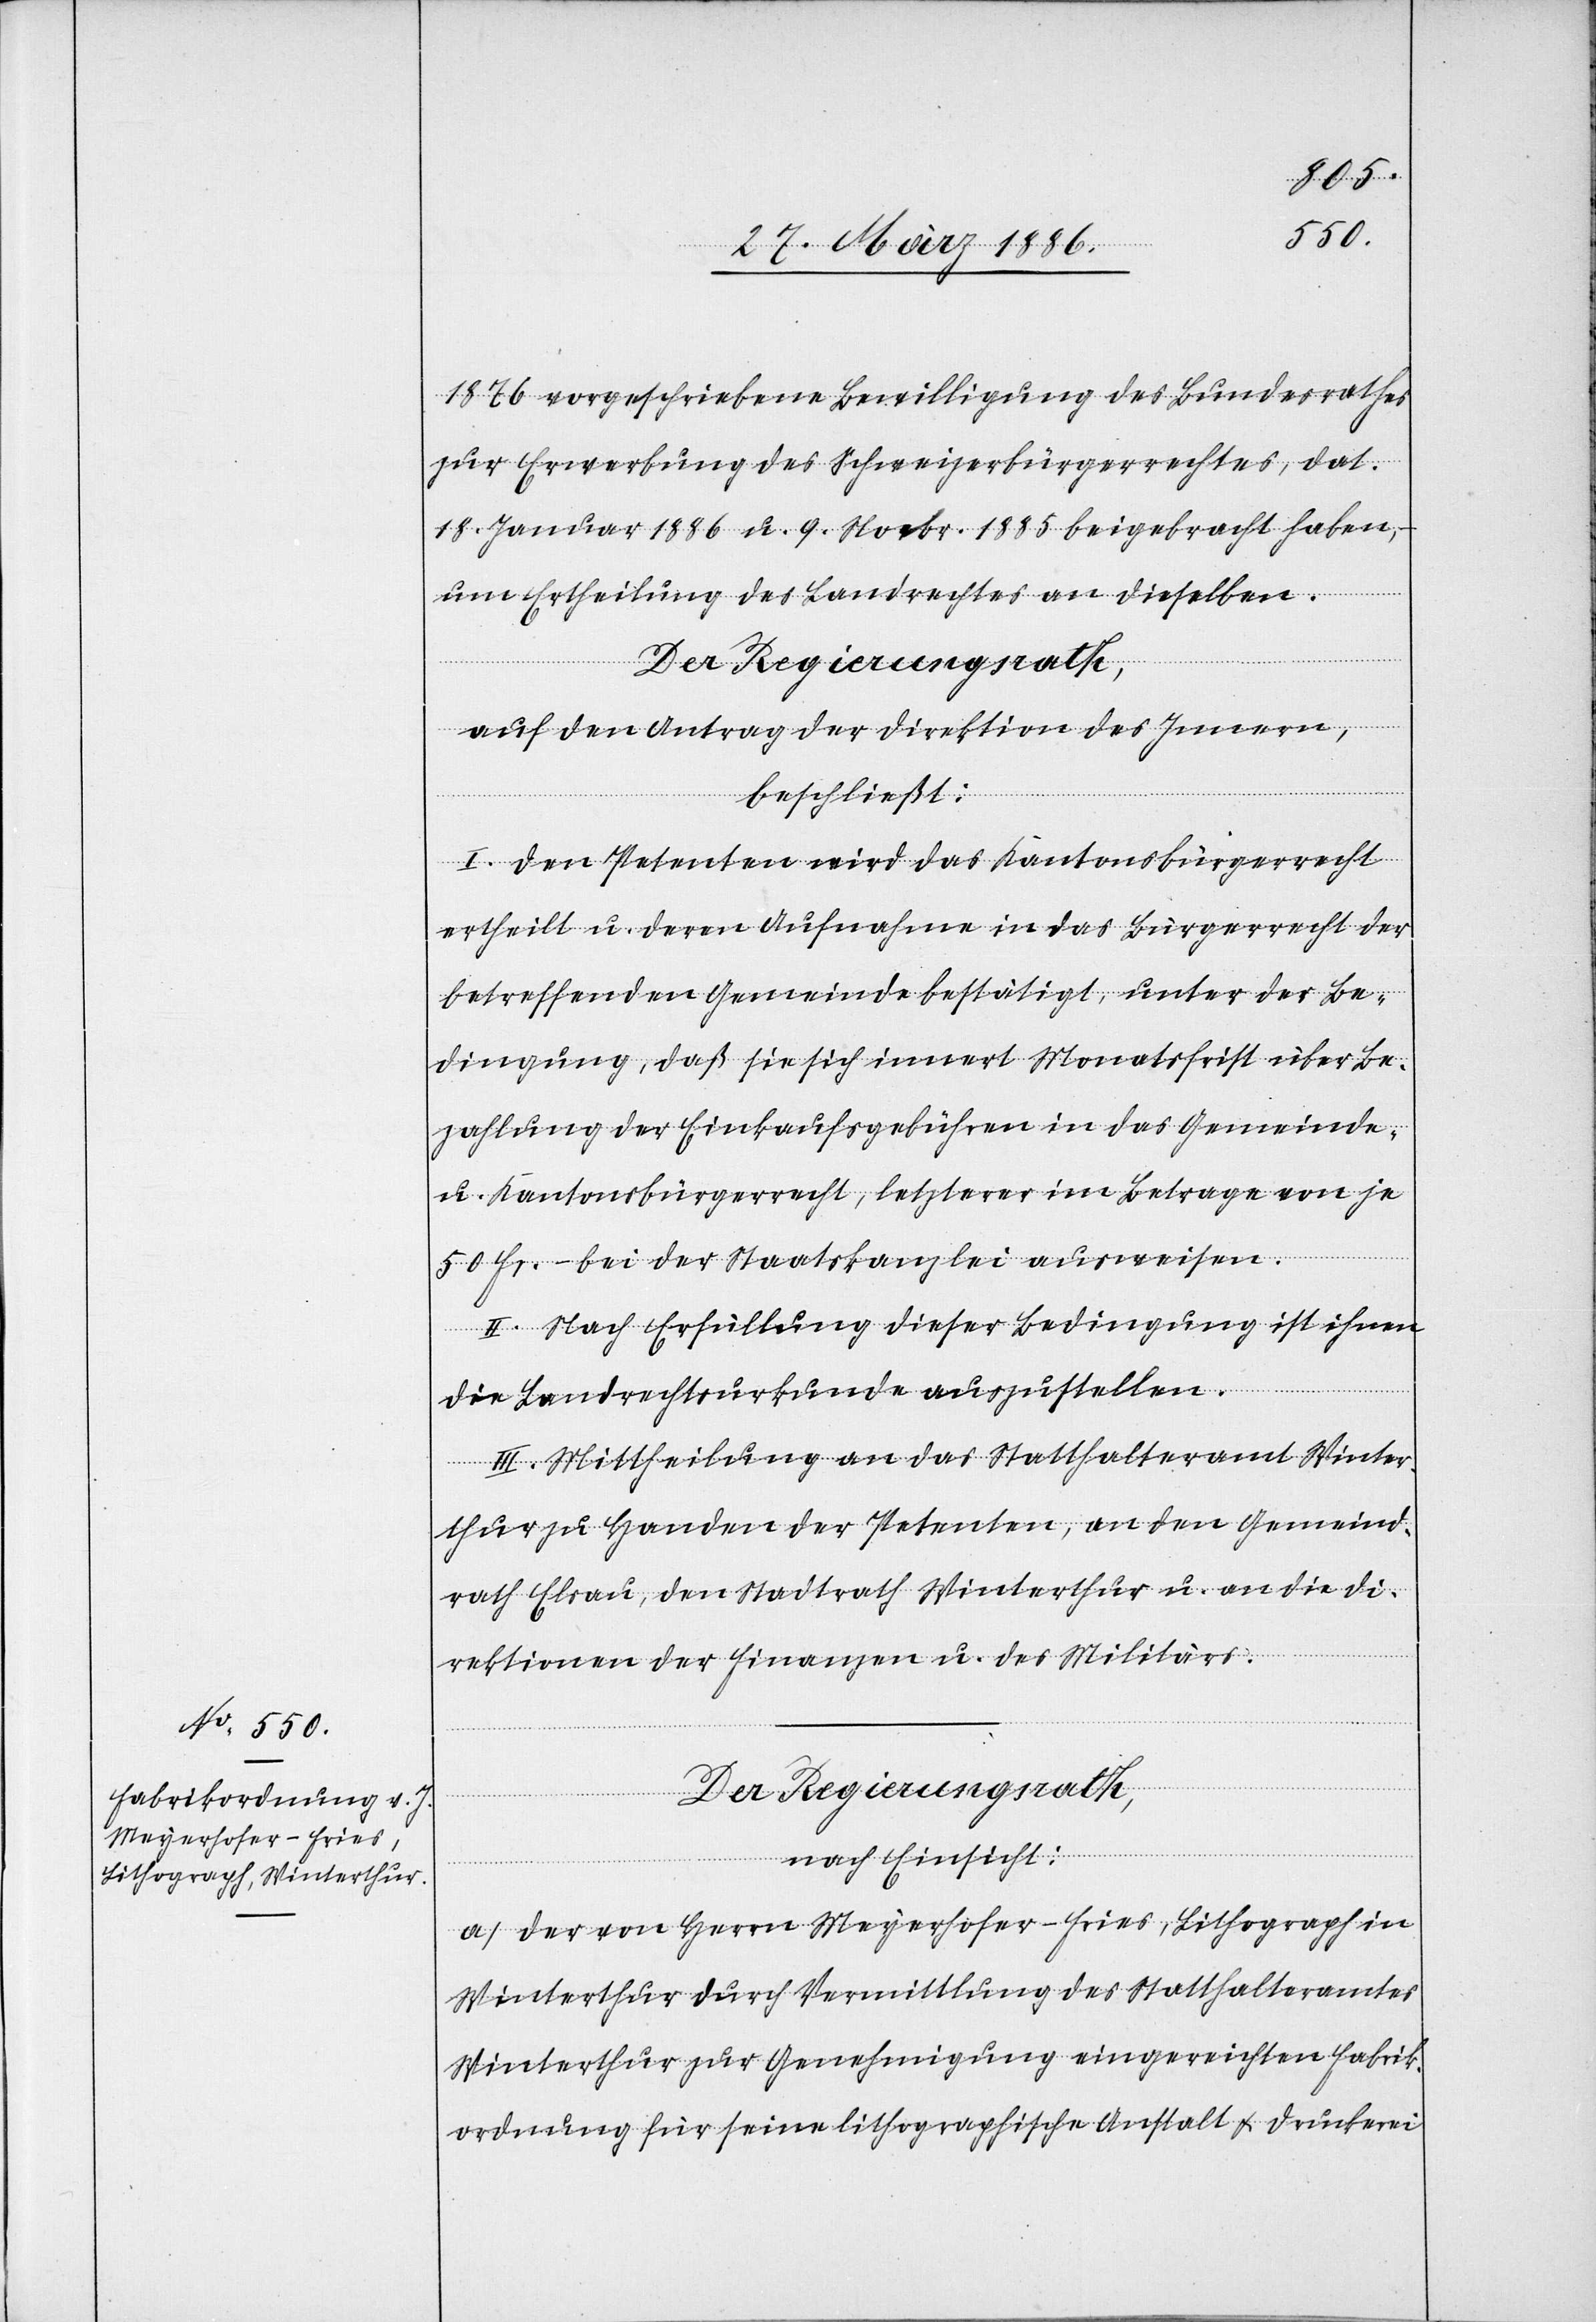
1876 vorgeschriebene Bewilligung des Bundesrathes
zur Erwerbung des Schweizerbürgerrechtes, dat.
18. Januar 1886, u. 9. Novbr. 1885 beigebracht haben,
um Ertheilung des Landrechtes an dieselben.
Der Regierungsrath,
auf den Antrag der Direktion des Innern,
beschließt:
I. Den Petenten wird das Kantonsbürgerrecht
ertheilt u. deren Aufnahme in das Bürgerrecht der
betreffenden Gemeine bestätigt, unter der Be¬
dingung, daß sie sich innert Monatsfrist über Be¬
zahlung der Einkaufsgebühren in das Gemeinde-
u. Kantonsbürgerrecht, letzterer in Betrage von je
50. Fr.– bei der Staatskanzlei ausweisen.
II. Nach Erfüllung dieser Bedingung ist ihnen
die Landrechtsurkunde auszustellen.
III. Mittheilung an das Statthalteramt Winter¬
thur zu Handen der Petenten, an den Gemeind¬
rath Elsau, den Stadtrath Winterthur u. an die Di¬
rektionen der Finanzen u. des Militärs.
nach Einsicht:
a) Der von Herrn Meyerhofer-Fries, Lithograph in
Winterthur durch Vermittlung des Statthalteramtes
Winterthur zur Genehmigung eingereichten Fabrik¬
ordnung für seine lithographische Anstalt & Druckerei